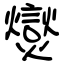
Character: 爕